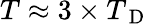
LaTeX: T\approx 3\times T_{\mathrm{~D~}}